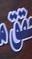
حقق